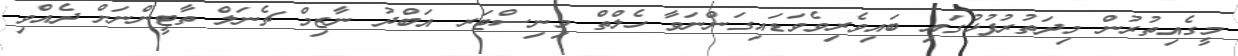
މީގެއިތުރުން މިދަތުރުފުޅުގައި ބައިވެރިވެވަޑައިގަންނަވާ ހެލްތް މިނިސްޓަރ އަބްދު ނާޒިމް ޗެނަލް ތާޓީންނަށް ދެއްވި